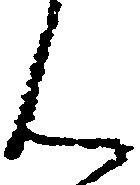
ん